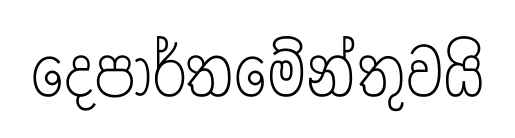
දෙපාර්තමේන්තුවයි